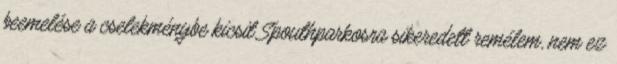
beemelése a cselekménybe kicsit Spouthparkosra sikeredett remélem, nem ez